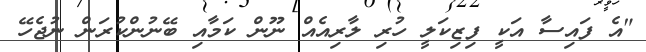
"އެ ފައިސާ އަކީ ފިޒިކަލީ ހުރި ލާރިއެއް ނޫން ކަމާއި ބޭނުންކުރަން ނުޖެހޭ